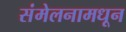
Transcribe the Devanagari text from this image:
संमेलनामधून